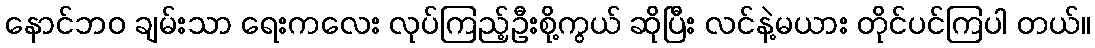
နောင်ဘဝ ချမ်းသာ ရေးကလေး လုပ်ကြည့်ဦးစို့ကွယ် ဆိုပြီး လင်နဲ့မယား တိုင်ပင်ကြပါ တယ်။